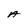
Character: A